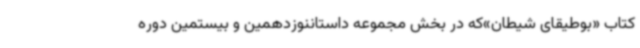
کتاب «بوطیقای شیطان»که در بخش مجموعه داستاننوزدهمین و بیستمین دوره